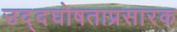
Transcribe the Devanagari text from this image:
उद्दघोषताप्रसारक